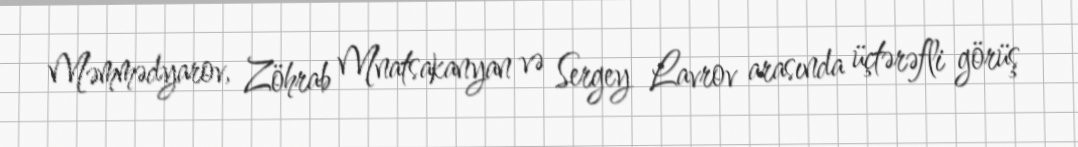
Məmmədyarov, Zöhrab Mnatsakanyan və Sergey Lavrov arasında üçtərəfli görüş